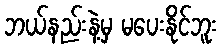
ဘယ်နည်းနဲ့မှ မပေးနိုင်ဘူး